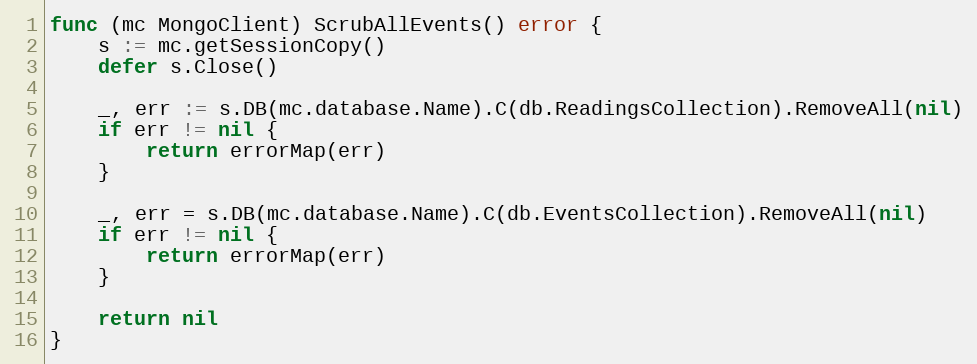
Language: Go
func (mc MongoClient) ScrubAllEvents() error {
	s := mc.getSessionCopy()
	defer s.Close()

	_, err := s.DB(mc.database.Name).C(db.ReadingsCollection).RemoveAll(nil)
	if err != nil {
		return errorMap(err)
	}

	_, err = s.DB(mc.database.Name).C(db.EventsCollection).RemoveAll(nil)
	if err != nil {
		return errorMap(err)
	}

	return nil
}